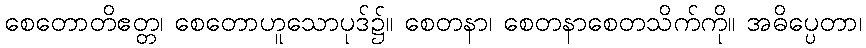
စေတောတိဧတ္တ၊ စေတောဟူသောပုဒ်၌။ စေတနာ၊ စေတနာစေတသိက်ကို။ အဓိပ္ပေတာ၊